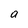
Character: a